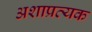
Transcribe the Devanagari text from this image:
अशाप्रत्यक